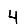
Digit: 4